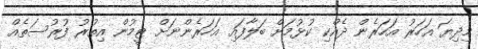
މިދިޔަ އަހަރު އަހަރެން ދެއްކި ކުޅުމަށް ބަލާފައި އަހަރެންނަށް ޓީމުން އިތުރު ފުރުސަތެއް